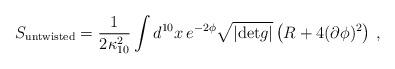
LaTeX: \begin{align*}S_{{\rm untwisted}}=\frac{1}{2\kappa^2_{10}}\int d^{10}x\,e^{-2\phi}\sqrt{|{\rm det}g|}\left( R+4 (\partial\phi)^2\right)\, ,\end{align*}